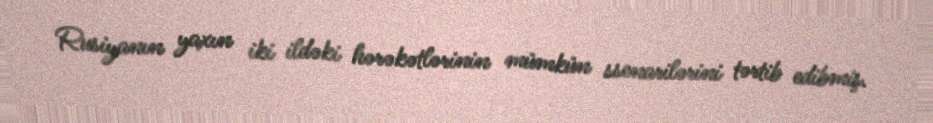
Rusiyanın yaxın iki ildəki hərəkətlərinin mümkün ssenarilərini tərtib edibmiş.